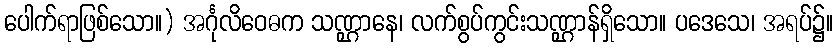
ပေါက်ရာဖြစ်သော။) အင်္ဂုလိဝေဓက သဏ္ဌာနေ၊ လက်စွပ်ကွင်းသဏ္ဌာန်ရှိသော။ ပဒေသေ၊ အရပ်၌။